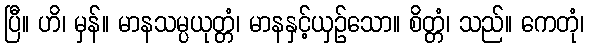
ပြီ။ ဟိ၊ မှန်။ မာနသမ္ပယုတ္တံ၊ မာနနှင့်ယှဉ်သော။ စိတ္တံ၊ သည်။ ကေတုံ၊